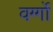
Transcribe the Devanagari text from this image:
वर्ग्गो